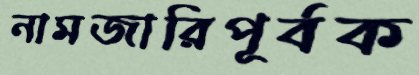
নামজারিপূর্বক